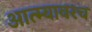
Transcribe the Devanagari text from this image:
आत्म्यावरच